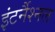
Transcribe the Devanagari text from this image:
इंटर्नैश्नल